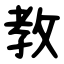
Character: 教